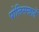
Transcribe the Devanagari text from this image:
पोलिसखातें